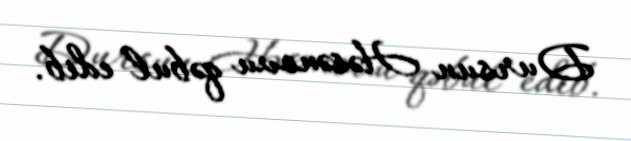
Dursun Həsənovu qəbul edib.